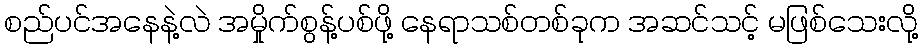
စည်ပင်အနေနဲ့လဲ အမှိုက်စွန့်ပစ်ဖို့ နေရာသစ်တစ်ခုက အဆင်သင့် မဖြစ်သေးလို့